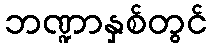
ဘဏ္ဍာနှစ်တွင်